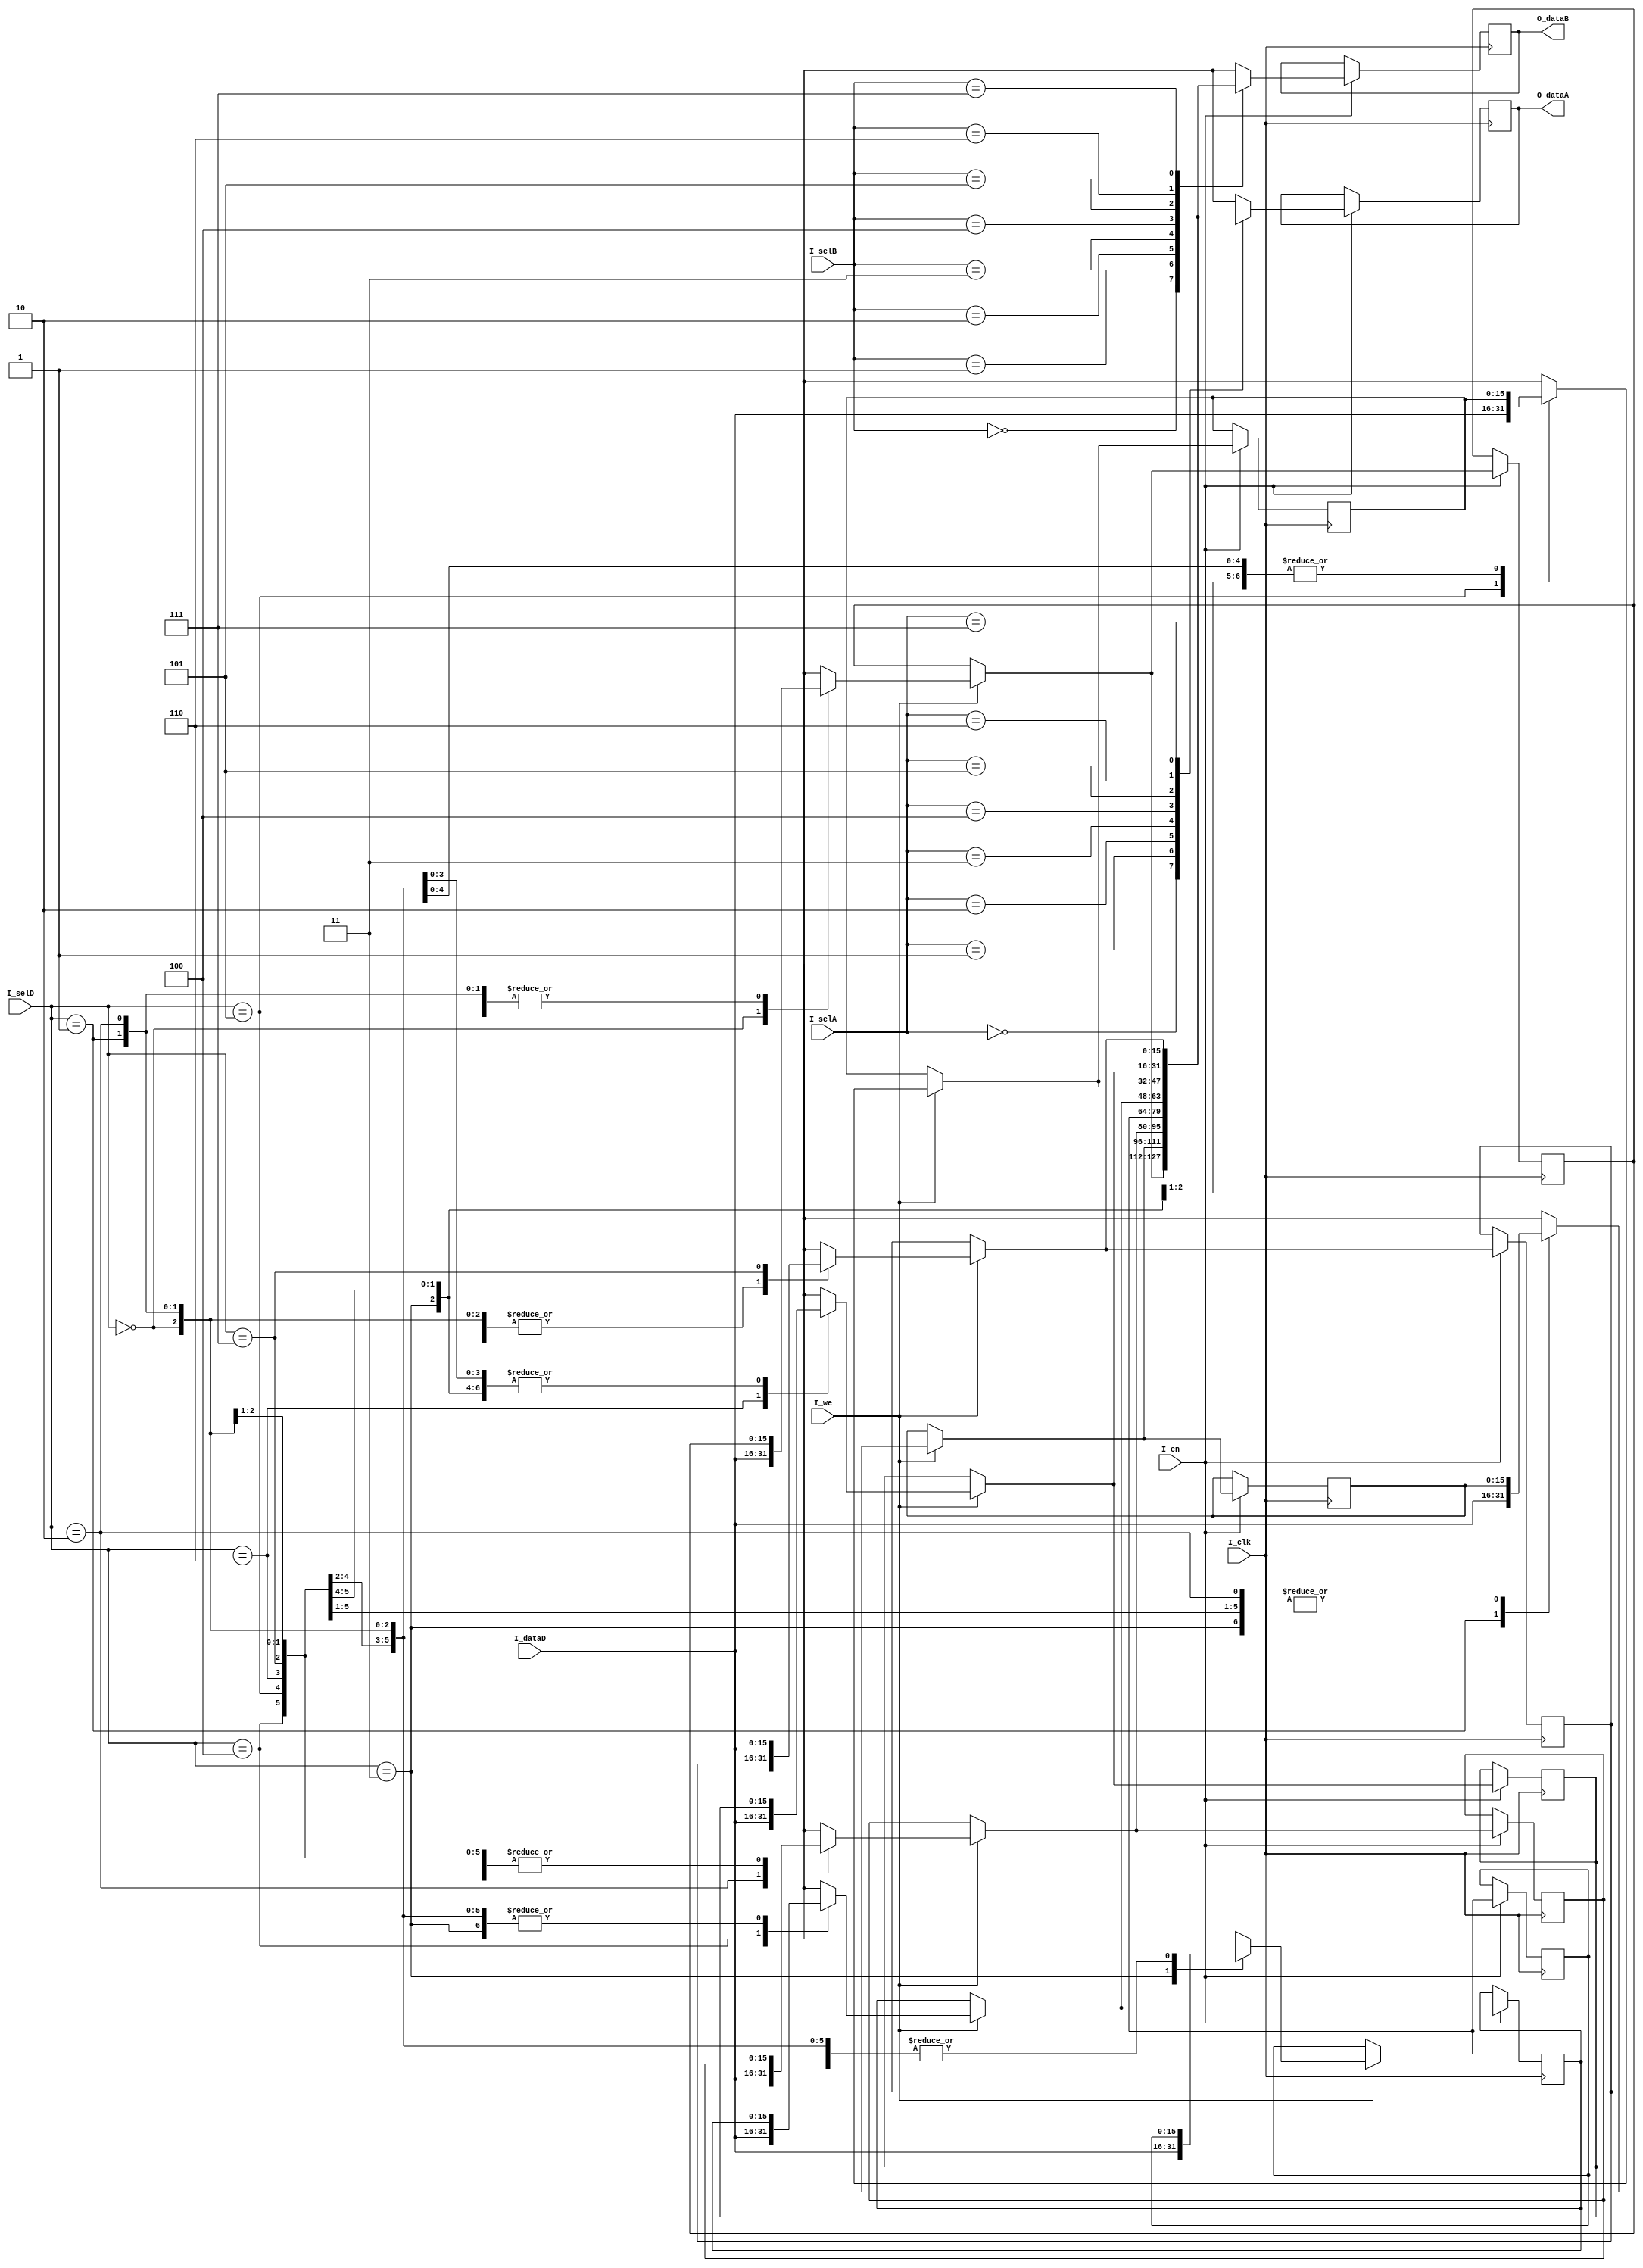
`timescale 1ns / 1ps
//////////////////////////////////////////////////////////////////////////////////
// Company: 
// Engineer: 
// 
// Design Name: 
// Module Name: reg_file
// Project Name: 
// Target Devices: 
// Tool Versions: 
// Description: 
// 
// Dependencies: 
// 
// Revision:
// Revision 0.01 - File Created
// Additional Comments:
// 
//////////////////////////////////////////////////////////////////////////////////


module reg_file(
    input [2:0] I_selA,
    input [2:0] I_selB,
    input [2:0] I_selD,
    input [15:0] I_dataD,
    input I_clk,
    input I_en,
    input I_we,
    output reg [15:0] O_dataA,
    output reg [15:0] O_dataB
    );
    
    // Initialize internal registers
    reg [15:0] regs[7:0];
    
    // Loop variable
    integer count;
  
    // Initialize output registers
    initial begin
        O_dataA = 1'd0;
        O_dataB = 1'd0;
        
        for(count = 0; count < 8; count = count + 1) begin
            regs[count] = 0;
        end
    end
    
    // On clock positive edge
    always @(negedge I_clk) begin
        if(I_en) begin
            // Check for write enable flag and then assign to register
            if(I_we)
                regs[I_selD] = I_dataD;
                
            // Assign correct output value to A and B
            O_dataA <= regs[I_selA];
            O_dataB <= regs[I_selB];
        end
    end
endmodule